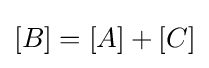
[B]=[A]+[C]